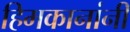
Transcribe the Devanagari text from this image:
हिमकानांनी